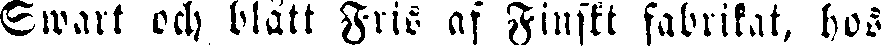
Swart och blått Fris af Finskt fabrikat, hos